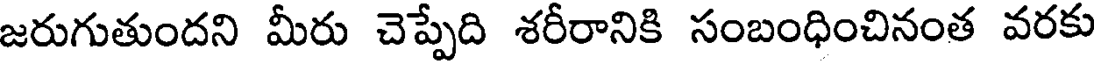
జరుగుతుందని మీరు చెప్పేది శరీరానికి సంబంధించినంత వరకు